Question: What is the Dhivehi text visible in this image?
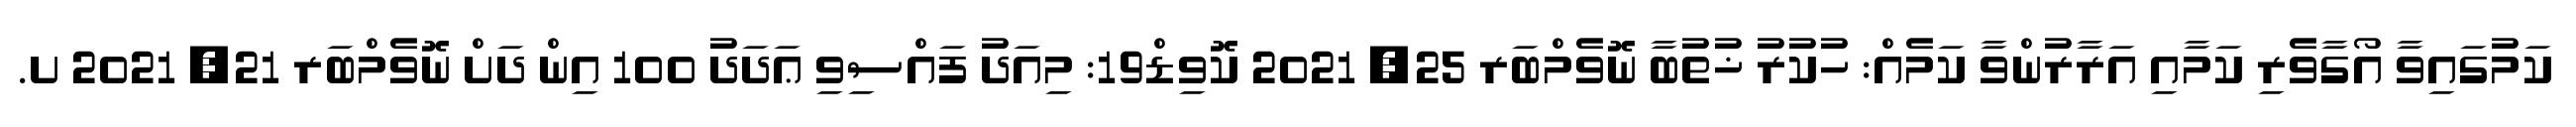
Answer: ކަމުގައިވާ އޯގާވެރި ކަމާއި އަރާރުންވާ ކަމެއް: ހުކުރު ޚުތުބާ ނޮވެމްބަރ 25, 2021 ކޮވިޑް19: މިއަދު ފައްސިވި ޢަދަދު 100 އިން ދަށް ނޮވެމްބަރ 21, 2021 ށ.